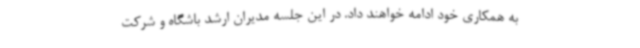
به همکاری خود ادامه خواهند داد. در این جلسه مدیران ارشد باشگاه و شرکت